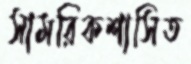
সামরিকশাসিত